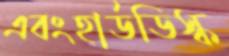
এবংহার্ডডিস্ক